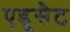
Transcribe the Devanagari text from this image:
एडूसैट